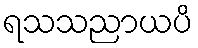
ရသသညာယပိ